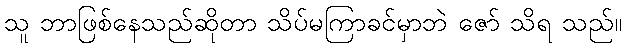
သူ ဘာဖြစ်နေသည်ဆိုတာ သိပ်မကြာခင်မှာဘဲ ဇော် သိရ သည်။